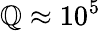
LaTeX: \mathbb{Q}\approx10^{5}